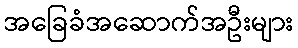
အခြေခံအဆောက်အဦးများ